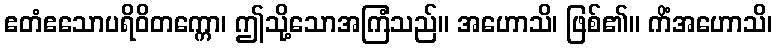
ဧတံဧသောပရိဝိတက္ကော၊ ဤသို့သောအကြံသည်။ အဟောသိ၊ ဖြစ်၏။ ကိံအဟောသိ၊